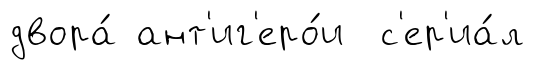
двора́ ант'иг'еро́и с'ер'иа́л